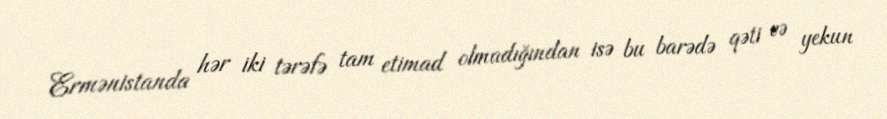
Ermənistanda hər iki tərəfə tam etimad olmadığından isə bu barədə qəti və yekun